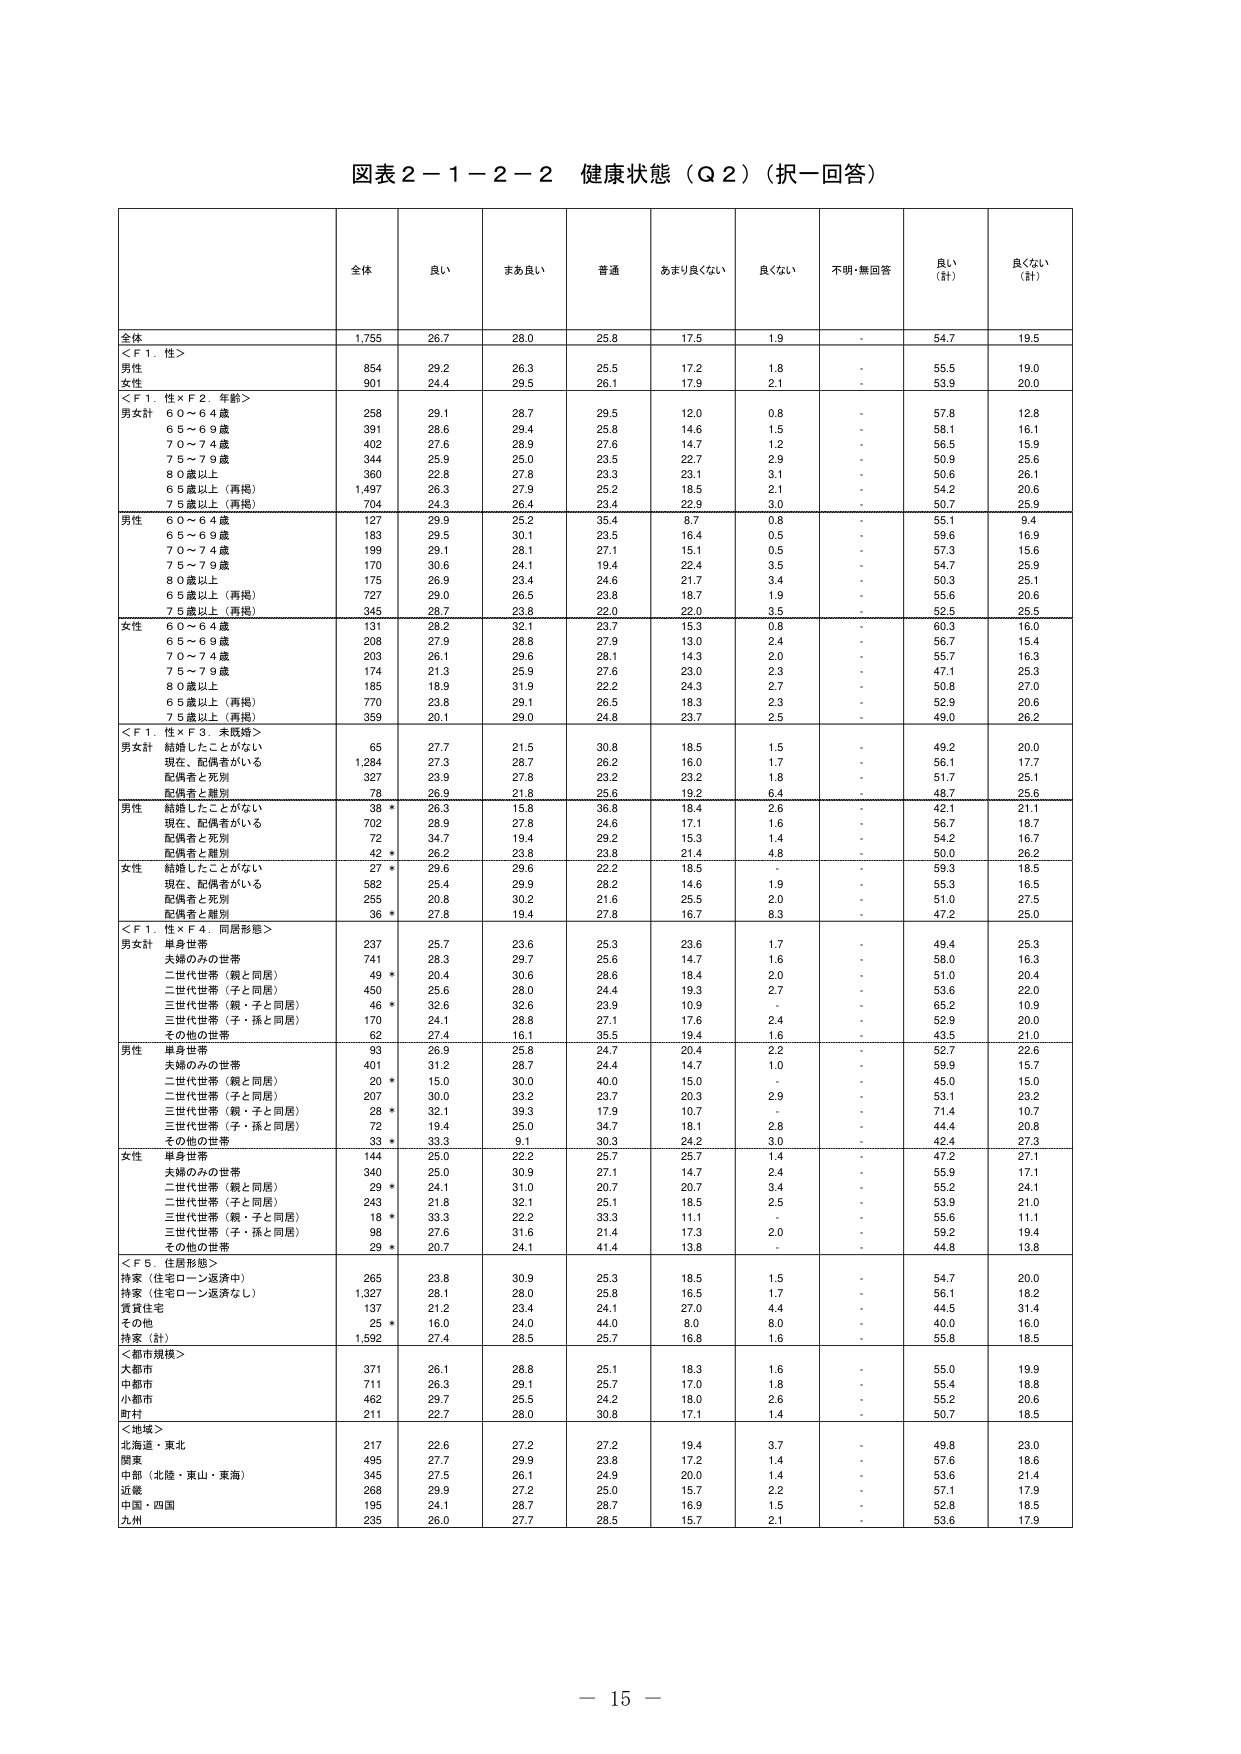
図表２－１－２－２ 健康状態（Ｑ２）（択一回答）

全体 良い まあ良い 普通 あまり良くない 良くない 不明・無回答 良い（計） 良くない（計）

全体 1,755 26.7 28.0 25.8 17.5 1.9 - 54.7 19.5

＜Ｆ１．性＞
男性 854 29.2 26.3 25.5 17.2 1.8 - 55.5 19.0
女性 901 24.4 29.5 26.1 17.9 2.1 - 53.9 20.0

＜Ｆ１．性×Ｆ２．年齢＞
男女計
６０～６４歳 258 29.1 28.7 29.5 12.0 0.8 - 57.8 12.8
６５～６９歳 391 28.6 29.4 25.8 14.6 1.5 - 58.1 16.1
７０～７４歳 402 27.6 28.9 27.6 14.7 1.2 - 56.5 15.9
７５～７９歳 344 25.9 25.0 23.5 22.7 2.9 - 50.9 25.6
８０歳以上 360 22.8 27.8 23.3 23.1 3.1 - 50.6 26.1
６５歳以上（再掲） 1,497 26.3 27.9 25.2 18.5 2.1 - 54.2 20.6
７５歳以上（再掲） 704 24.3 26.4 23.4 22.9 3.0 - 50.7 25.9

男性
６０～６４歳 127 29.9 25.2 35.4 8.7 0.8 - 55.1 9.4
６５～６９歳 183 29.5 30.1 23.5 16.4 0.5 - 59.6 16.9
７０～７４歳 199 29.1 28.1 27.1 15.1 0.5 - 57.3 15.6
７５～７９歳 170 30.6 24.1 19.4 22.4 3.5 - 54.7 25.9
８０歳以上 175 26.9 23.4 24.6 21.7 3.4 - 50.3 25.1
６５歳以上（再掲） 727 29.0 26.5 23.8 18.7 1.9 - 55.6 20.6
７５歳以上（再掲） 345 28.7 23.8 22.0 22.0 3.5 - 52.5 25.5

女性
６０～６４歳 131 28.2 32.1 23.7 15.3 0.8 - 60.3 16.0
６５～６９歳 208 27.9 28.8 27.9 13.0 2.4 - 56.7 15.4
７０～７４歳 203 26.1 29.6 28.1 14.3 2.0 - 55.7 16.3
７５～７９歳 174 21.3 25.9 27.6 23.0 2.3 - 47.1 25.3
８０歳以上 185 18.9 31.9 22.2 24.3 2.7 - 50.8 27.0
６５歳以上（再掲） 770 23.8 29.1 26.5 18.3 2.3 - 52.9 20.6
７５歳以上（再掲） 359 20.1 29.0 24.8 23.7 2.5 - 49.0 26.2

＜Ｆ１．性×Ｆ３．未既婚＞
男女計
結婚したことがない 65 27.7 21.5 30.8 18.5 1.5 - 49.2 20.0
現在、配偶者がいる 1,284 27.3 28.7 26.2 16.0 1.7 - 56.1 17.7
配偶者と死別 327 23.9 27.8 23.2 23.2 1.8 - 51.7 25.1
配偶者と離別 78 26.9 21.8 25.6 19.2 6.4 - 48.7 25.6

男性
結婚したことがない 38 * 26.3 15.8 36.8 18.4 2.6 - 42.1 21.1
現在、配偶者がいる 702 28.9 27.8 24.6 17.1 1.6 - 56.7 18.7
配偶者と死別 72 34.7 19.4 29.2 15.3 1.4 - 54.2 16.7
配偶者と離別 42 * 26.2 23.8 23.8 21.4 4.8 - 50.0 26.2

女性
結婚したことがない 27 * 29.6 29.6 22.2 18.5 - - 59.3 18.5
現在、配偶者がいる 582 25.4 29.9 28.2 14.6 1.9 - 55.3 16.5
配偶者と死別 255 20.8 30.2 21.6 25.5 2.0 - 51.0 27.5
配偶者と離別 36 * 27.8 19.4 27.8 16.7 8.3 - 47.2 25.0

＜Ｆ１．性×Ｆ４．同居形態＞
男女計
単身世帯 237 25.7 23.6 25.3 23.6 1.7 - 49.4 25.3
夫婦のみの世帯 741 28.3 29.7 25.6 14.7 1.6 - 58.0 16.3
二世代世帯（親と同居） 49 * 20.4 30.6 28.6 18.4 2.0 - 51.0 20.4
二世代世帯（子と同居） 450 25.6 28.0 24.4 19.3 2.7 - 53.6 22.0
三世代世帯（親・子と同居） 46 * 32.6 32.6 23.9 10.9 - - 65.2 10.9
三世代世帯（子・孫と同居） 170 24.1 28.8 27.1 17.6 2.4 - 52.9 20.0
その他の世帯 62 27.4 16.1 35.5 19.4 1.6 - 43.5 21.0

男性
単身世帯 93 26.9 25.8 24.7 20.4 2.2 - 52.7 22.6
夫婦のみの世帯 401 31.2 28.7 24.4 14.7 1.0 - 59.9 15.7
二世代世帯（親と同居） 20 * 15.0 30.0 40.0 15.0 - - 45.0 15.0
二世代世帯（子と同居） 207 30.0 23.2 23.7 20.3 2.9 - 53.1 23.2
三世代世帯（親・子と同居） 28 * 32.1 39.3 17.9 10.7 - - 71.4 10.7
三世代世帯（子・孫と同居） 72 19.4 25.0 34.7 18.1 2.8 - 44.4 20.8
その他の世帯 33 * 33.3 9.1 30.3 24.2 3.0 - 42.4 27.3

女性
単身世帯 144 25.0 22.2 25.7 25.7 1.4 - 47.2 27.1
夫婦のみの世帯 340 25.0 30.9 27.1 14.7 2.4 - 55.9 17.1
二世代世帯（親と同居） 29 * 24.1 31.0 20.7 20.7 3.4 - 55.2 24.1
二世代世帯（子と同居） 243 21.8 32.1 25.1 18.5 2.5 - 53.9 21.0
三世代世帯（親・子と同居） 18 * 33.3 22.2 33.3 11.1 - - 55.6 11.1
三世代世帯（子・孫と同居） 98 27.6 31.6 21.4 17.3 2.0 - 59.2 19.4
その他の世帯 29 * 20.7 24.1 41.4 13.8 - - 44.8 13.8

＜Ｆ５．住居形態＞
持家（住宅ローン返済中） 265 23.8 30.9 25.3 18.5 1.5 - 54.7 20.0
持家（住宅ローン返済なし） 1,327 28.1 28.0 25.8 16.5 1.7 - 56.1 18.2
賃貸住宅 137 21.2 23.4 24.1 27.0 4.4 - 44.5 31.4
その他 25 * 16.0 24.0 44.0 8.0 8.0 - 40.0 16.0
持家（計） 1,592 27.4 28.5 25.7 16.8 1.6 - 55.8 18.5

＜都市規模＞
大都市 371 26.1 28.8 25.1 18.3 1.6 - 55.0 19.9
中都市 711 26.3 29.1 25.7 17.0 1.8 - 55.4 18.8
小都市 462 29.7 25.5 24.2 18.0 2.6 - 55.2 20.6
町村 211 22.7 28.0 30.8 17.1 1.4 - 50.7 18.5

＜地域＞
北海道・東北 217 22.6 27.2 27.2 19.4 3.7 - 49.8 23.0
関東 495 27.7 29.9 23.8 17.2 1.4 - 57.6 18.6
中部（北陸・東山・東海） 345 27.5 26.1 24.9 20.0 1.4 - 53.6 21.4
近畿 268 29.9 27.2 25.0 15.7 2.2 - 57.1 17.9
中国・四国 195 24.1 28.7 28.7 16.9 1.5 - 52.8 18.5
九州 235 26.0 27.7 28.5 15.7 2.1 - 53.6 17.9

－ 15 －